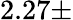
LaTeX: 2.27\pm